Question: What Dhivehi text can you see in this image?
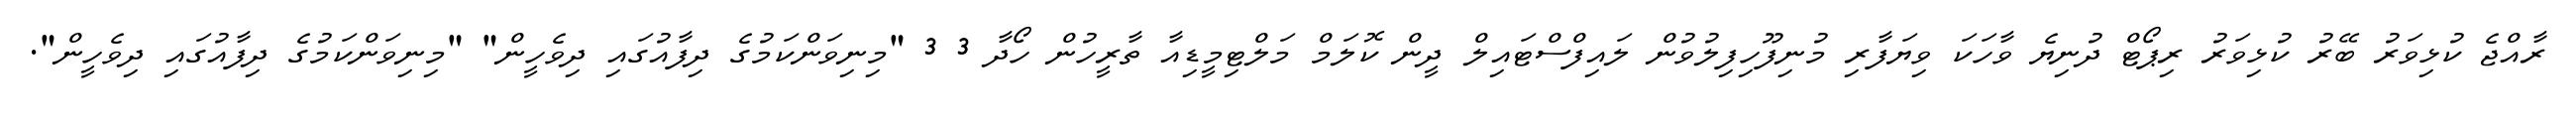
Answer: ރާއްޖެ ކުޅިވަރު ބޭރު ކުޅިވަރު ރިޕޯޓް ދުނިޔެ ވާހަކަ ވިޔަފާރި މުނިފޫހިފިލުވުން ލައިފްސްޓައިލް ދީން ކޮލަމް މަލްޓިމީޑިއާ ތާރީހުން ހޯދާ 3 3 "މިނިވަންކަމުގެ ދިފާއުގައި ދިވެހީން" "މިނިވަންކަމުގެ ދިފާއުގައި ދިވެހީން".